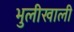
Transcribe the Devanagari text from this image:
भुलीखाली